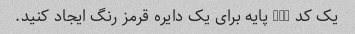
یک کد CSS پایه برای یک دایره قرمز رنگ ایجاد کنید.